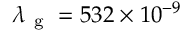
\lambda _ { \mathrm { ~ g ~ } } = 5 3 2 \times 1 0 ^ { - 9 }